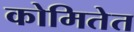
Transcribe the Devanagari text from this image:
कोमितेत